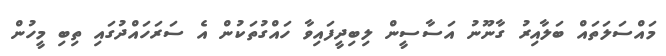
މައްސަލަތައް ބަލާއިރު ގާނޫނު އަސާސީން ލިބިދީފައިވާ ހައްގުތަކުން އެ ސަރަހައްދުގައި ތިބި މީހުން